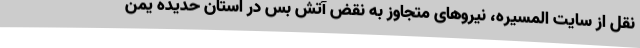
نقل از سایت المسیره، نیروهای متجاوز به نقض آتش بس در استان حدیده یمن